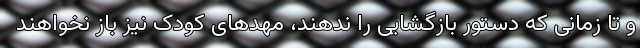
و تا زمانی که دستور بازگشایی را ندهند، مهد‌های کودک نیز باز نخواهند